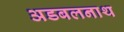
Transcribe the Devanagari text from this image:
अडबलनाथ